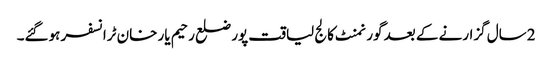
2سال گزارنے کے بعد گورنمنٹ کالج لیاقت پور ضلع رحیم یار خان ٹرانسفر ہوگئے۔